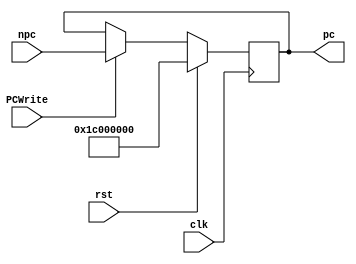
`timescale 1ns / 1ps
//////////////////////////////////////////////////////////////////////////////////
// Company: 
// Engineer: 
// 
// Design Name: 
// Module Name: PC
// Project Name: 
// Target Devices: 
// Tool Versions: 
// Description: 
// 
// Dependencies: 
// 
// Revision:
// Revision 0.01 - File Created
// Additional Comments:
// 
//////////////////////////////////////////////////////////////////////////////////


module PC(
    input                       clk,
    input                       rst,
    input                       PCWrite,
    input           [31: 0]     npc,
    output reg      [31: 0]     pc
);
    always @(posedge clk) begin
        if(rst)
            pc <= 32'h1c00_0000;
        else if(PCWrite)
            pc <= npc;
        else
            pc <= pc;
    end

endmodule